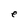
Character: e